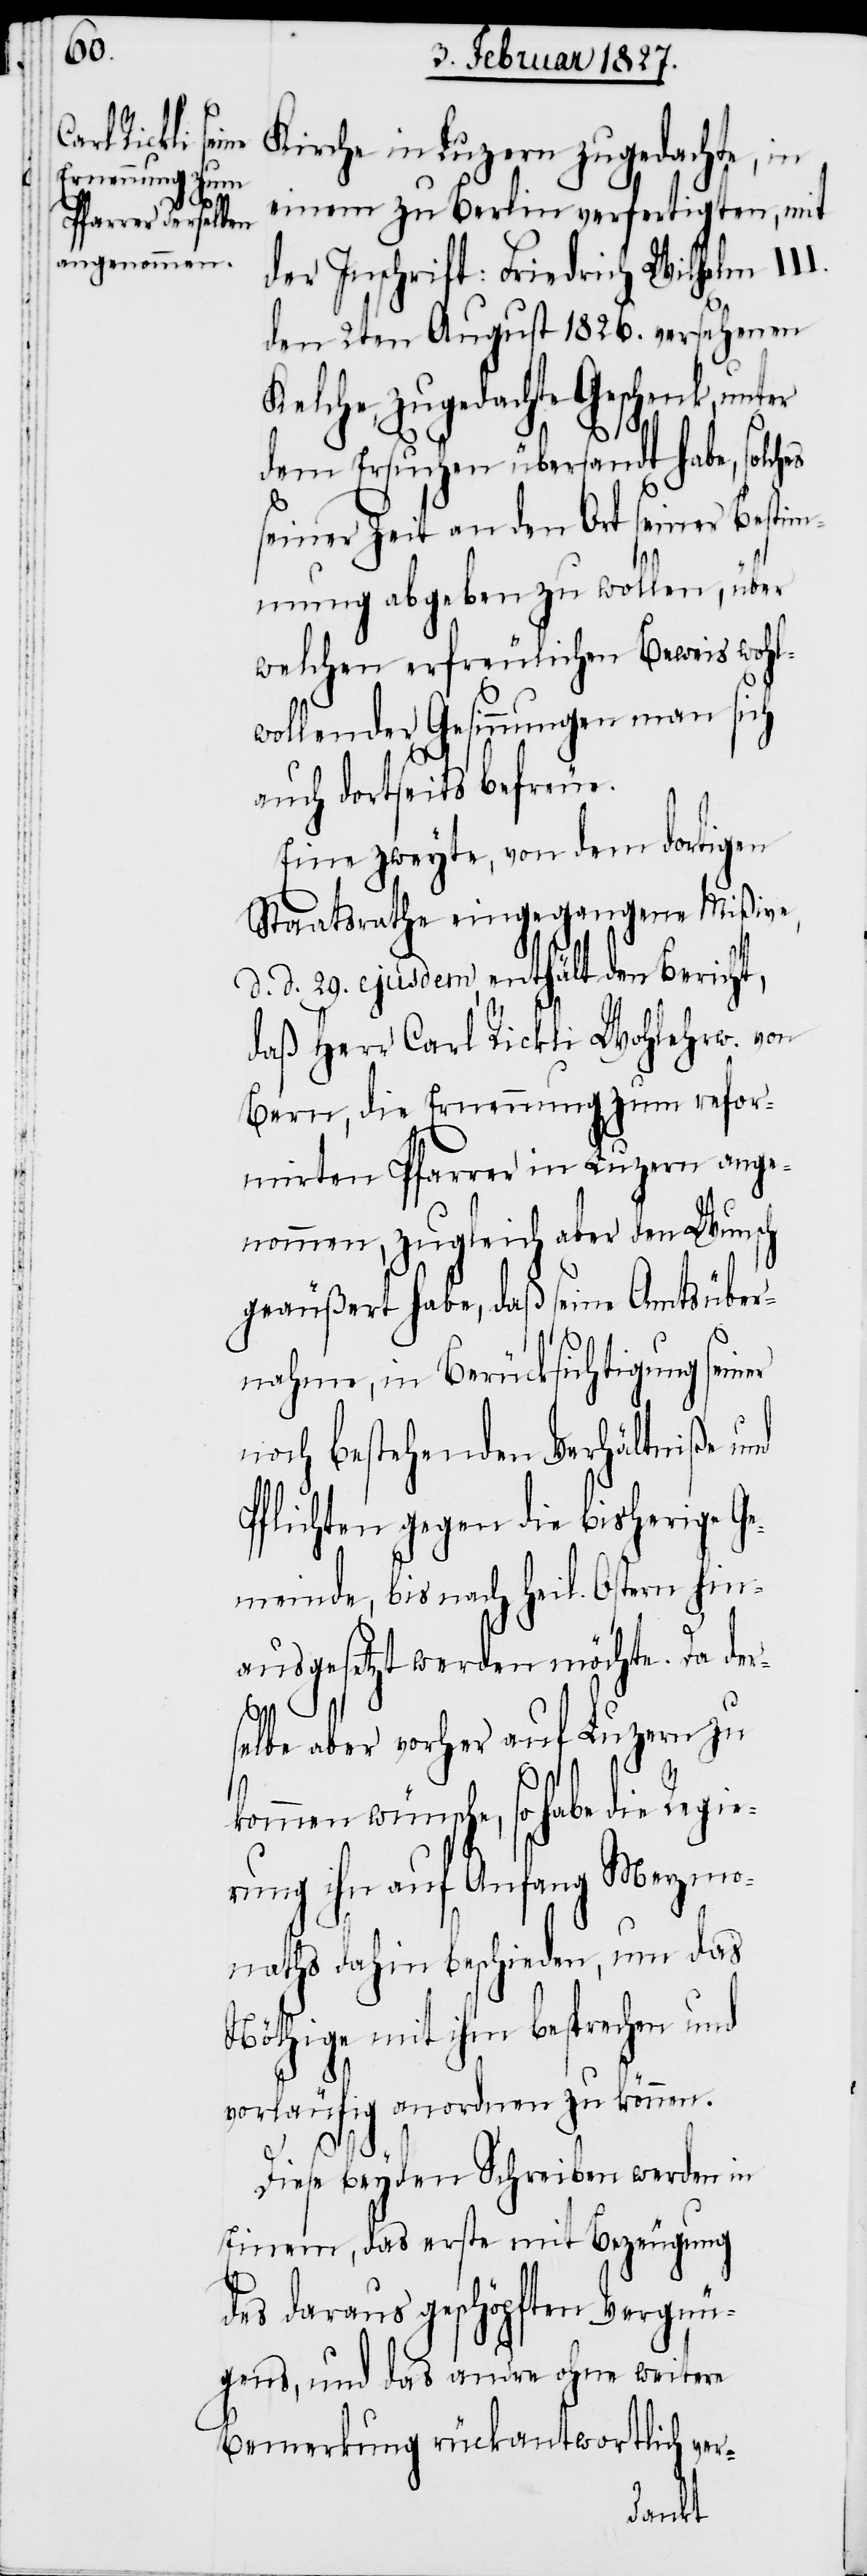
Kirche in Luzern zugedachte, in
einem zu Berlin verfertigten, mit
der Inschrift: Friedrich Wilhelm II¬
den 2ten August 1826. versehenen
Kelche, zugedachte Geschenk,
dem Ersuchen übersandt habe, solches
seiner Zeit an den Ort seiner Bestim¬
mung abgeben zu wollen, über
welchen erfreulichen Beweis wohl¬
wollender Gesinnungen man sich
auch dortseits befreue.
Eine zweyte, von dem dortigen
Staatsrathe eingegangene Mißive,
d. d. 29. ejusdem, enthält den Bericht,
daß Herr Carl Rickli Wohlerw. von
Bern, die Ernennung zum refor¬
mirten Pfarrer in Luzern ange¬
nommen, zugleich aber den Wunsch
geäußert habe, daß seine Amtsüber¬
nahme, in Berücksichtigung sein¬
noch bestehenden Verhältniße und
Pflichten gegen die bisherige Ge¬
meinde, bis nach heil. Ostern hin¬
ausgesetzt werden möchte. Da der¬
I.
selbe aber vorher auf Luzern zu
kommen wünsche, so habe die Regie¬
rung ihn auf Anfang Merzmo¬
naths dahin beschieden, um das
Nöthige mit ihm besprechen und
vorläufig anordnen zu können.
er
Diese beyden Schreiben werden in
Einem, das erste mit Bezeugung
des daraus geschöpften Vergnü¬
gens, und das andre ohne weitere
Bemerkung rückantwortlich ver-